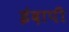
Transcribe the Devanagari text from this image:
इंदापी